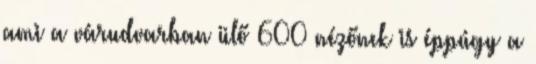
ami a várudvarban ülő 600 nézőnek is éppúgy a